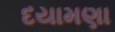
દયામણા